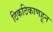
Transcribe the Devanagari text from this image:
ठिकठिकाणहून